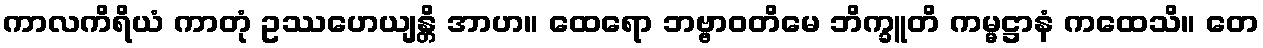
ကာလကိရိယံ ကာတုံ ဥဿဟေယျန္တိ အာဟ။ ထေရော ဘဗ္ဗာဝတိမေ ဘိက္ခူတိ ကမ္မဋ္ဌာနံ ကထေသိ။ တေ